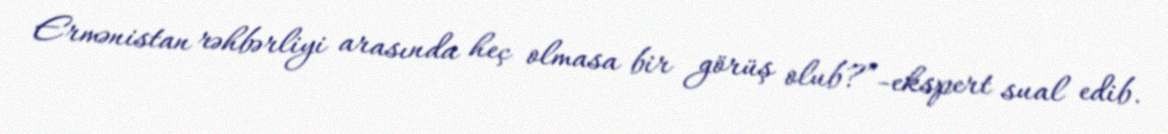
Ermənistan rəhbərliyi arasında heç olmasa bir görüş olub?”-ekspert sual edib.